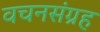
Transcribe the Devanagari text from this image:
वचनसंग्रह